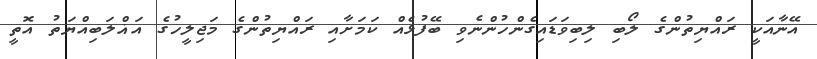
އޭނާއަކީ ރައްޔިތުންގެ ލޯބި ލިބިވަޑައިގެންހުންނެވި ބޭފުޅެއް ކަމަށާއި ރައްޔިތުންގެ މަޖިލީހުގެ އަޣްލަބިއްޔަތު އޮތީ